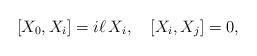
LaTeX: \begin{align*} [ X_0, X_i ] = i\ell\, X_i, \quad [ X_i, X_j ] =0,\end{align*}